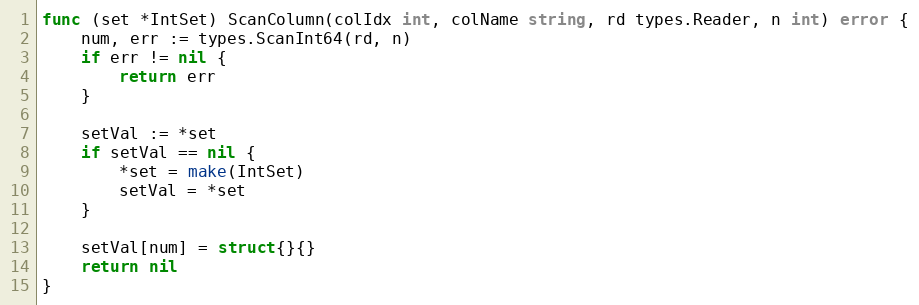
Language: Go
func (set *IntSet) ScanColumn(colIdx int, colName string, rd types.Reader, n int) error {
	num, err := types.ScanInt64(rd, n)
	if err != nil {
		return err
	}

	setVal := *set
	if setVal == nil {
		*set = make(IntSet)
		setVal = *set
	}

	setVal[num] = struct{}{}
	return nil
}